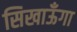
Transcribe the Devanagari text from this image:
सिखाऊँगा